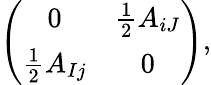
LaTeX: \left(\begin{array}{cc}{{0}}&{{{\frac{1}{2}}A_{iJ}}}\\ {{{\frac{1}{2}}A_{Ij}}}&{{0}}\end{array}\right),